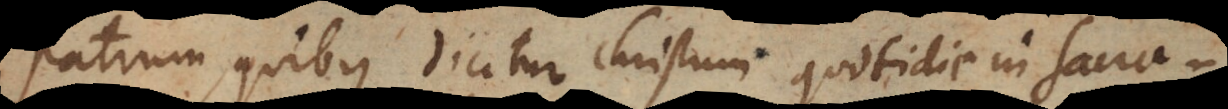
Patrum quibus dicitur Christum quotidie in Sacra